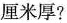
厘米厚?